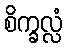
စိက္ခလ္လံ